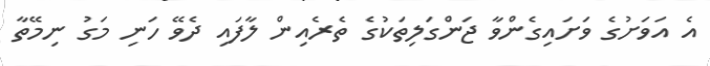
އެ އަވަށުގެ ވަށައިގެންވާ ޖަންގަލިތަކުގެ ތެރެއިން ލާފައި ދެވޭ ހަނި މަގު ނިމޭތާ